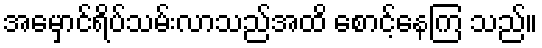
အမှောင်ရိပ်သမ်းလာသည်အထိ စောင့်နေကြ သည်။